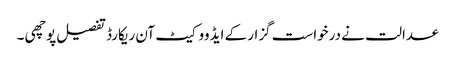
عدالت نے درخواست گزار کے ایڈووکیٹ آن ریکارڈ تفصیل پوچھی ۔